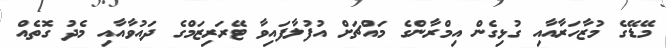
މޭޑޭގެ މުޒާހަރާއާއި ގުޅިގެން އިމްރާންގެ މައްޗަށް އުފުލާފައިވާ ޓޭރަރިޒަމްގެ ދައުވާއާއި މެދު ގޮތެއް